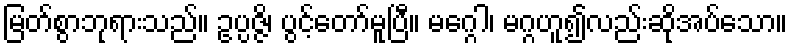
မြတ်စွာဘုရားသည်။ ဥပ္ပဇ္ဇိ၊ ပွင့်တော်မူပြီ။ မဂ္ဂေါ၊ မဂ္ဂဟူ၍လည်းဆိုအပ်သော။